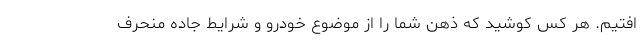
افتیم. هر کس کوشید که ذهن شما را از موضوع خودرو و شرایط جاده منحرف